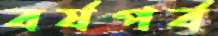
বর্ষপর্ব